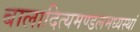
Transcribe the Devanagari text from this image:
बालादित्यमण्डलमध्यस्थां